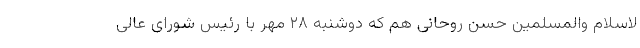
لاسلام والمسلمین حسن روحانی هم که دوشنبه ۲۸ مهر با رئیس شورای عالی